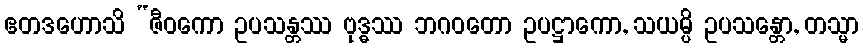
ဧတဒဟောသိ “ဇီဝကော ဥပသန္တဿ ဗုဒ္ဓဿ ဘဂဝတော ဥပဋ္ဌာကော, သယမ္ပိ ဥပသန္တော, တသ္မာ